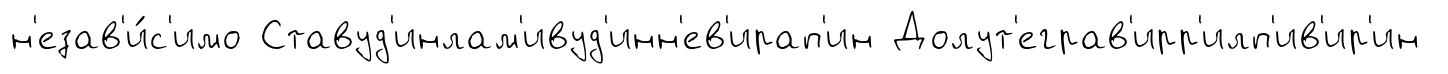
н'езав'и́с'имо Ставуд'инлам'ивуд'инн'ев'ирап'ин Долут'еграв'ирр'илп'ив'ир'ин